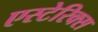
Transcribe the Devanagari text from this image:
एस्टेरिक्स